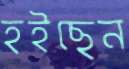
হইছেন